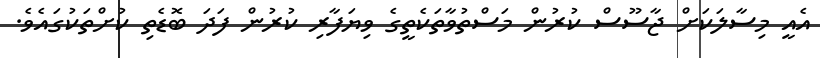
އެއީ މިސާލަކަށް ޖާސޫސް ކުރުން މަސްތުވާތަކެތީގެ ވިޔަފާރި ކުރުން ފަދަ ބޮޑެތި ކުށްތަކުގައެވެ.